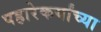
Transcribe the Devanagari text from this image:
पहारेकर्यांच्या